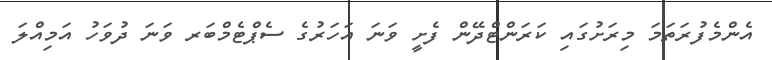
އެންމެފުރަތަމަ މިރަށުގައި ކަރަންޓްދޭން ފެށީ ވަނަ އަހަރުގެ ސެޕްޓެމްބަރ ވަނަ ދުވަހު އަމިއްލަ